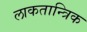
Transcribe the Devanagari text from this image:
लाकतान्त्रिक